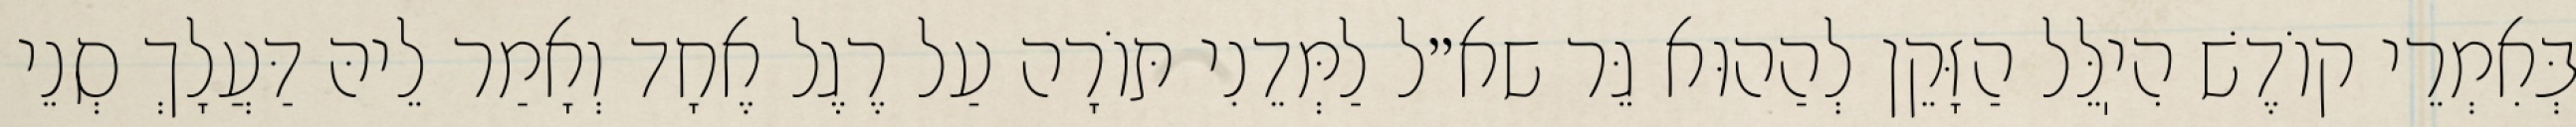
בְּאִמְרֵי קוֹדֶשׁ הִיֽלֵּל הַזָּקֵן לְהַהוּא גֵּר שא״ל לַמְּדֵנִי תּוֹרָה עַל רֶגֶל אֶחָד וְאָמַר לֵיהּ דַּעֲלָךְ סְנֵי